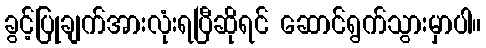
ခွင့်ပြုချက်အားလုံးရပြီဆိုရင် ဆောင်ရွက်သွားမှာပါ။